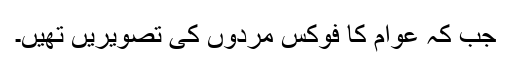
جب کہ عوام کا فوکس مردوں کی تصویریں تھیں۔